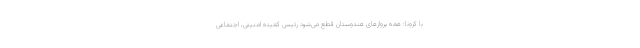
با کرونا: همه پرواز‌های هندوستان قطع می‌شود رئیس کمیته امنیتی، اجتماعی